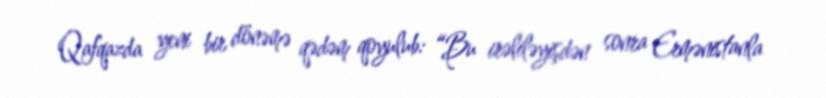
Qafqazda yeni bir dönəmə qədəm qoyulub: “Bu irəliləyişdən sonra Ermənistanla